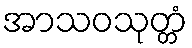
အာသဝသုတ္တံ